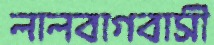
লালবাগবাসী